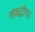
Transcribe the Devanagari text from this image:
लक्षद्वीप।